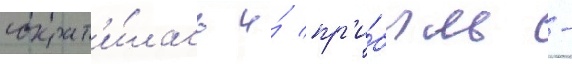
сократ'и́лась и́ пр'и́быль -